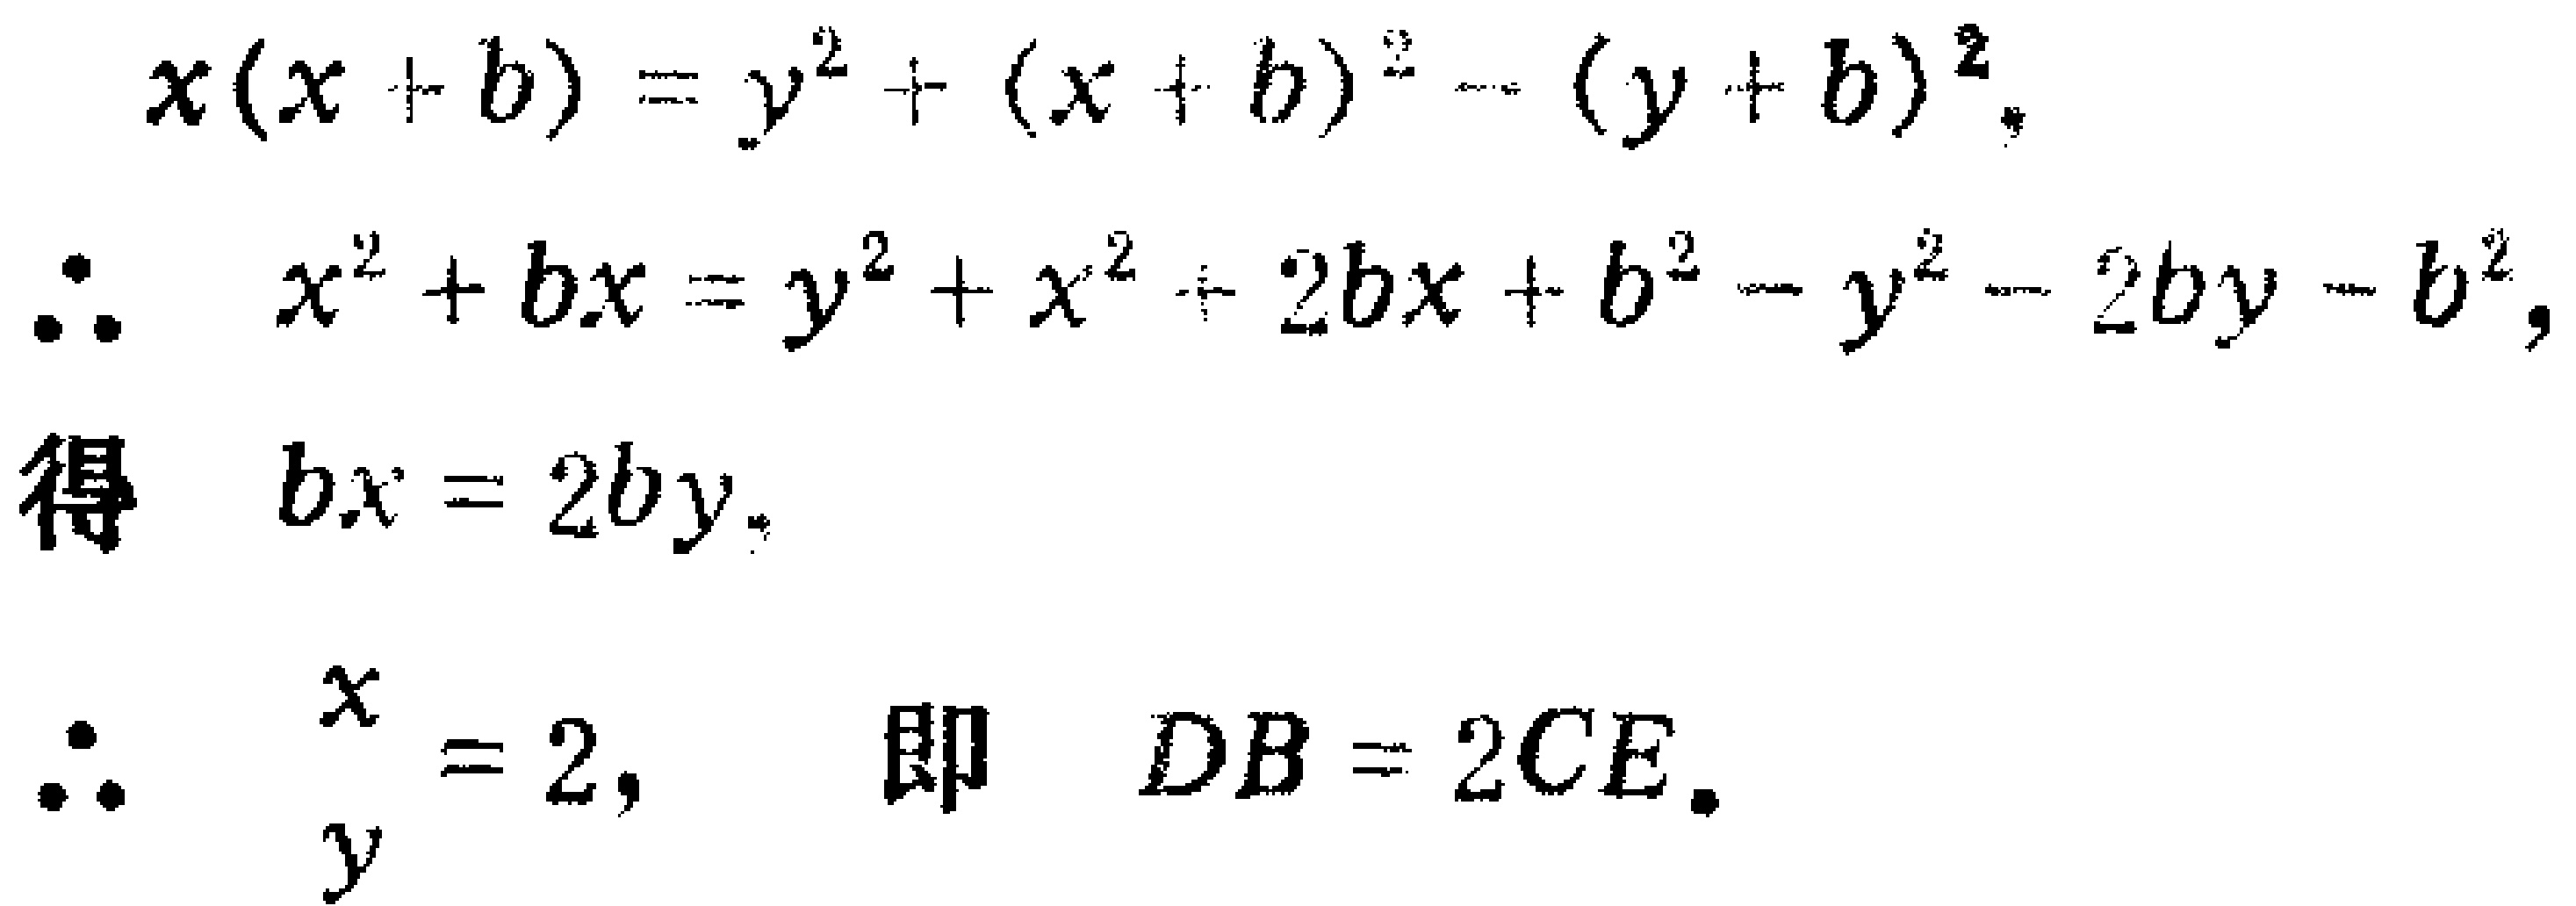
\[
\begin{align*}
x(x + b)&=y^{2}+(x + b)^{2}-(y + b)^{2},\\
\therefore\quad x^{2}+bx&=y^{2}+x^{2}+2bx + b^{2}-y^{2}-2by - b^{2},\\
\text{得}\quad bx&=2by,\\
\therefore\quad \frac{x}{y}&=2,\quad \text{即}\quad DB = 2CE.
\end{align*}
\]